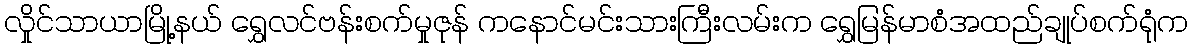
လှိုင်သာယာမြို့နယ် ရွှေလင်ဗန်းစက်မှုဇုန် ကနောင်မင်းသားကြီးလမ်းက ရွှေမြန်မာစံအထည်ချုပ်စက်ရုံက